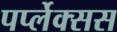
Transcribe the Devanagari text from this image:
पर्प्लेक्सस